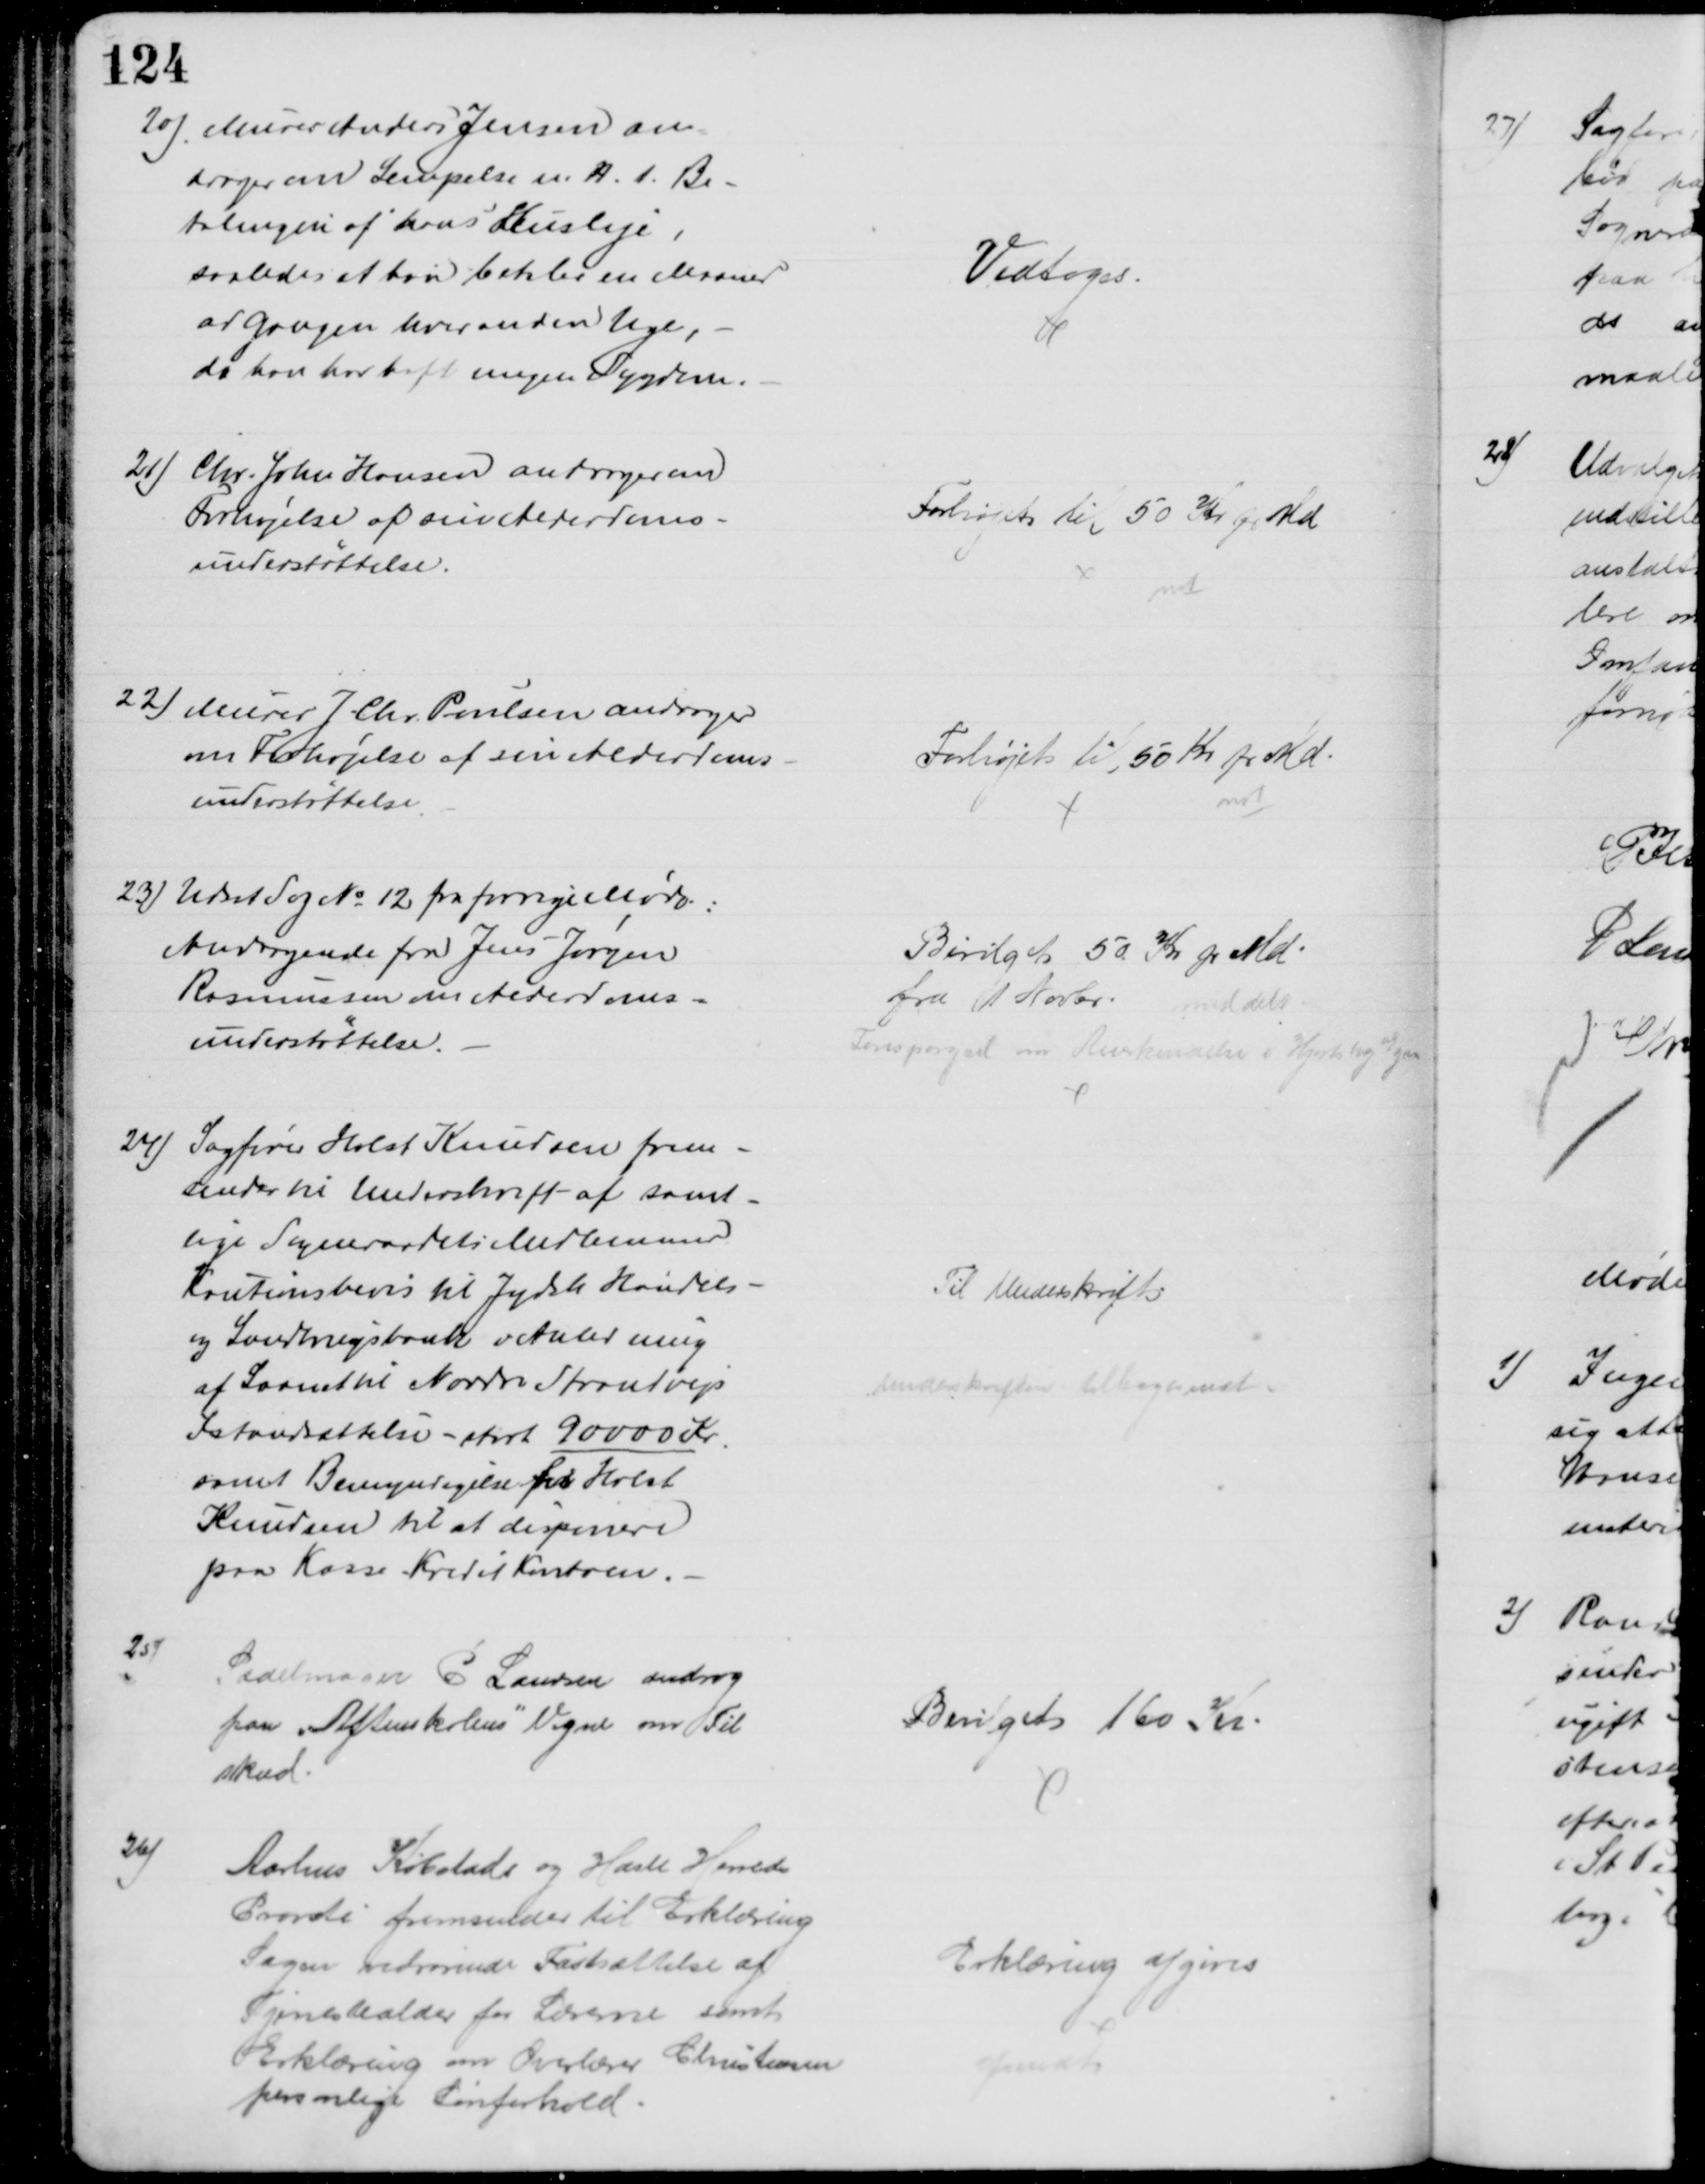
Transskription:
20) Murer Anders Jensen an-
drager om Lempelse m. H. t. Be-
talingen af hans Husleje,
saaledes at han betaler en Maaned
ad Gangen hveranden Uge,
da han har haft megen Sygdom.
Vedtoges.
21) Chr. John Hansen andrager om
Forhøjelse af sin Alderdoms-
understøttelse.
Forhøjet til 50 Kr. f. Md. 
not
22) Murer J. Chr. Poulsen andrager
om Forhøjelse af sin Alderdoms-
understøttelse
Forhøjet til 50 Kr pr Md.
not.
23) Udsat Sag № 12 fra forrige Møde:
Andragende fra Jens Jørgen
Rasmussen om Alderdoms=
understøttelse.
Bevilget 50 Kr pr Md.
fra 1 Novbr. meddelt
Forespørgsel om Anerkendelse i Hjortshøj Egaa
24) Sagfører Holst Knudsen frem-
sender til Underskrift af samt-
lige Sogneraadets Medlemmer
Kautionsbevis til Jydske Handels-
og Landbrugsbank i Anledning
af Laanet til Nordre Strandvejs
Istandsættelse - stort 90000 Kr.
samt Bemyndigelse for Holst
Knudsen til at disponere
paa Kasse -Kredit Kontoen.
Til Underskrift
Underskriften tilbagesendt
25)
Sadelmager P Laursen androg
paa „Aftenskolens" Vegne om Til
skud.
Bevilget 160 Kr
26)
Aarhus Købstads og Hasle Herreds
Provsti fremsender til Erklæring
Sagen vedrørende Fastsættelse af
Tjenestealder for Lærerne samt
Erklæring om Overlærer Christensen
personlige Lønforhold
Erklæring afgives
afsendt